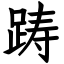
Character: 踌